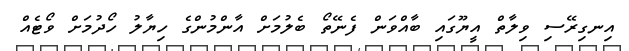
އިނގިރޭސި ވިލާތް އީޔޫގައި ބާއްވަން ފެނޭތޯ ބެލުމަށް އާންމުންގެ ހިޔާލު ހޯދުމަށް ވޯޓެއް